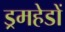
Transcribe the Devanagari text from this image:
ड्रमहेडों